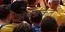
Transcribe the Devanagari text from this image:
अर्थसंकेत